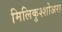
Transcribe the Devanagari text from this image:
मिलिकुश्शोअरा